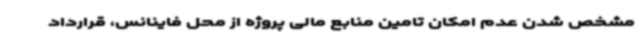
مشخص شدن عدم امکان تامین منابع مالی پروژه از محل فاینانس، قرارداد